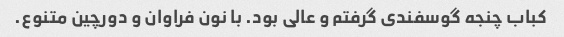
کباب چنجه گوسفندی گرفتم و عالی بود. با نون فراوان و دورچین متنوع.